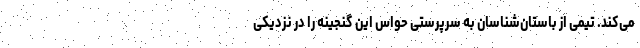
می‌کند. تیمی از باستان‌شناسان به سرپرستی حواس این گنجینه را در نزدیکی